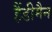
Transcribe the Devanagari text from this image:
हैंडीमैन